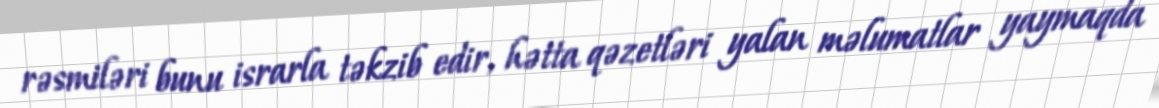
rəsmiləri bunu israrla təkzib edir, hətta qəzetləri yalan məlumatlar yaymaqda